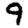
Digit: 9